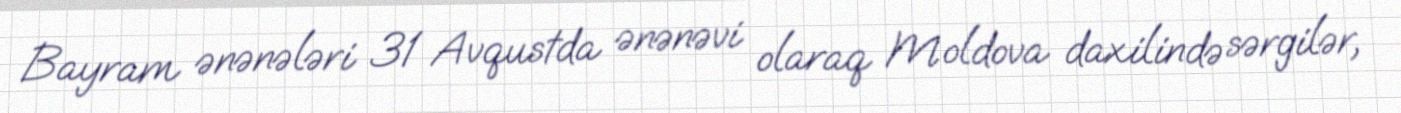
Bayram ənənələri 31 Avqustda ənənəvi olaraq Moldova daxilində sərgilər,